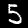
Digit: 5